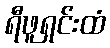
ရီဖူရှင်းထံ